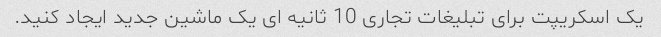
یک اسکریپت برای تبلیغات تجاری 10 ثانیه ای یک ماشین جدید ایجاد کنید.